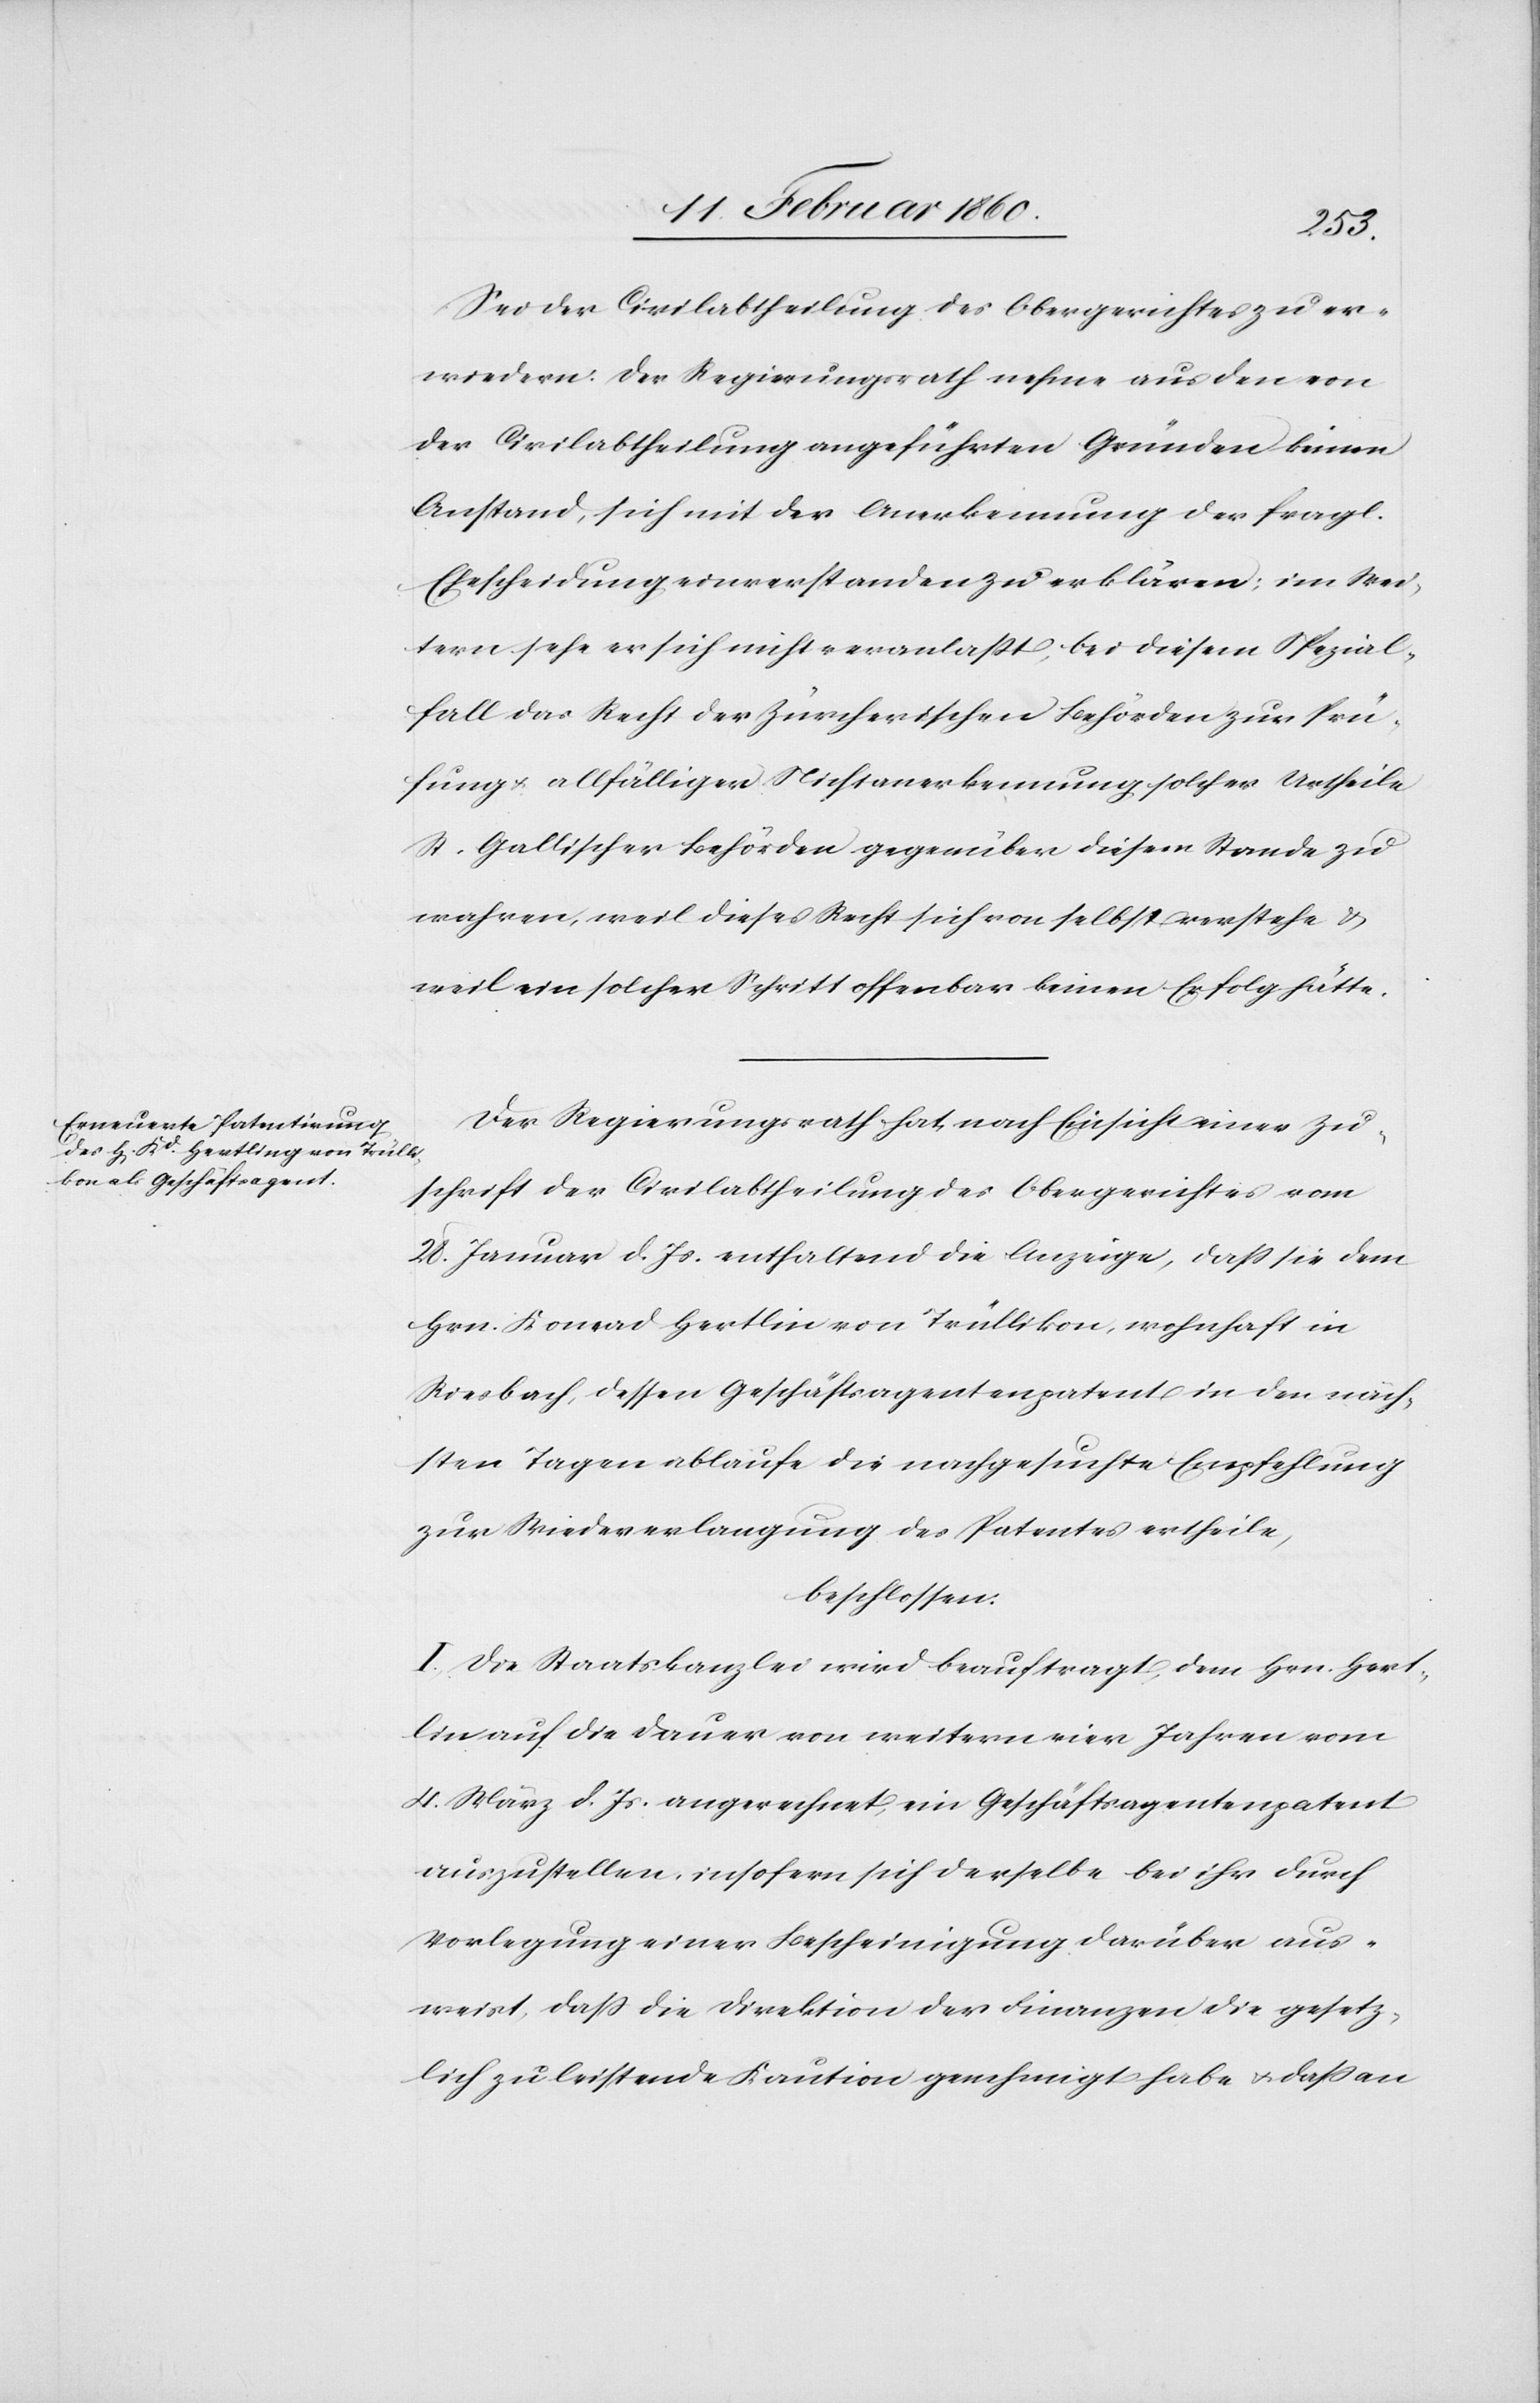
Sei der Civilabtheilung des Obergerichtes zu er¬
wiedern: der Regierungsrath nehme aus den von
der Civilabtheilung angeführten Gründen keinen
Anstand, sich mit der Anerkennung der fragl.
Ehescheidung einverstanden zu erklären: im Wei¬
tern sehe er sich nicht veranlasst, bei diesem Spezial¬
fall das Recht der Zürcherischen Behörden zur Prü¬
fung u. allfälliger Nichtanerkennung solcher Urtheile
St. Gallischer Behörden gegenüber diesem Stande zu
wahren, weil dieses Recht sich von selbst verstehe u.
weil ein solcher Schritt offenbar keinen Erfolg hätte.
Der Regierungsrath hat, nach Einsicht einer Zu¬
schrift der Civilabtheilung des Obergerichtes vom
28. Januar d. Js. enthaltend die Anzeige, dass sie dem
Hrn. Konrad Hertlin von Trüllikon, wohnhaft in
Riesbach, dessen Geschäftsagentenpatent in den näch¬
sten Tagen ablaufe die nachgesuchte Empfehlung
zur Widererlangung des Patentes ertheile,
beschlossen:
I. Die Staatskanzlei wird beauftragt, dem Hrn. Hert¬
lin auf die Dauer von weitern vier Jahren vom
4. März d. Js. angerechnet, ein Geschäftsagentenpatent
auszustellen, insofern sich derselbe bei ihr durch
Vorlegung einer Bescheinigung darüber aus¬
weist, dass die Direktion der Finanzen die gesetz¬
lich zu leistende Kaution genehmigt habe u. dass an